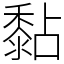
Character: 黏